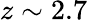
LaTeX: z\sim 2.7